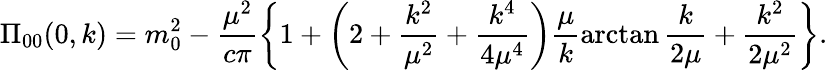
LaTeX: \Pi_{00}(0,k)=m_{0}^{2}-\frac{\mu^{2}}{c\pi}\biggl\{ 1+\left(2+\frac{k^{2}}{\mu^{2}}+\frac{k^{4}}{4\mu^{4}}\right)\frac\mu{k}\arctan\frac{k}{2\mu}+\frac{k^{2}}{2\mu^{2}}\biggr\} .